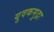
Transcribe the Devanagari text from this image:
युवकमुद्रा